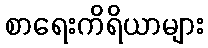
စာရေးကိရိယာများ